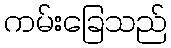
ကမ်းခြေသည်